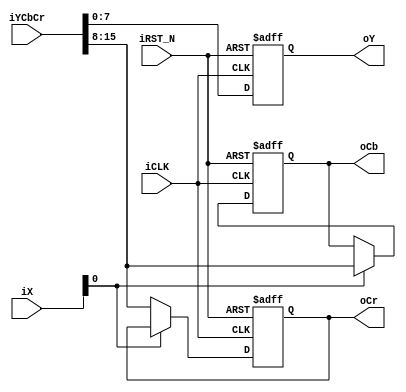
module YUV422_to_444	(	//	YUV 4:2:2 Input
							iYCbCr,
							//	YUV	4:4:4 Output
							oY,
							oCb,
							oCr,
							//	Control Signals
							iX,
							iCLK,
							iRST_N	);
//	YUV 4:2:2 Input
input	[15:0]	iYCbCr;
//	YUV	4:4:4 Output
output	[7:0]	oY;
output	[7:0]	oCb;
output	[7:0]	oCr;
//	Control Signals
input	[9:0]	iX;
input			iCLK;
input			iRST_N;
//	Internal Registers
reg		[7:0]	mY;
reg		[7:0]	mCb;
reg		[7:0]	mCr;

assign	oY	=	mY;
assign	oCb	=	mCb;
assign	oCr	=	mCr;

always@(posedge iCLK or negedge iRST_N)
begin
	if(!iRST_N)
	begin
		mY	<=	0;
		mCb	<=	0;
		mCr	<=	0;
	end
	else
	begin
		if(iX[0])
		{mCb,mY}	<=	iYCbCr;
		else
		{mCr,mY}	<=	iYCbCr;
	end
end

endmodule